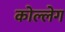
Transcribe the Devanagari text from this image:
कोल्लेग